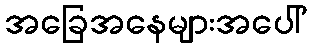
အခြေအနေများအပေါ်